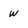
Character: w